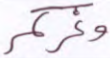
وغركم